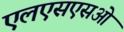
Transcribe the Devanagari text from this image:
एलएसएसओ